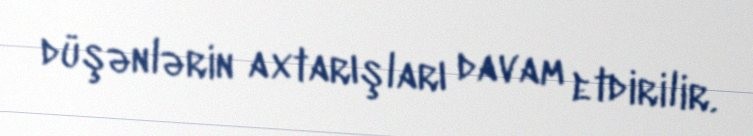
düşənlərin axtarışları davam etdirilir.